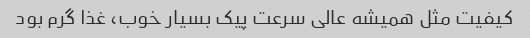
کیفیت مثل همیشه عالی سرعت پیک بسیار خوب، غذا گرم بود